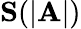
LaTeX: \mathbf{S}(|\mathbf{A}|)